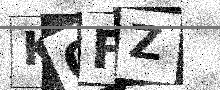
Text: K0FZ